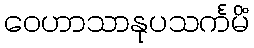
ဝေဟာသာနုပသင်္ကမိံ